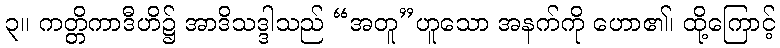
၃။ ကတ္တိကာဒီဟိ၌ အာဒိသဒ္ဒါသည် “အတူ”ဟူသော အနက်ကို ဟော၏၊ ထို့ကြောင့်